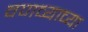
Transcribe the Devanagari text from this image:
वणव्याच्या